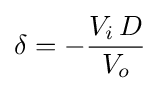
\delta =-{\frac {V_{i}\,D}{V_{o}}}